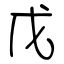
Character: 戊